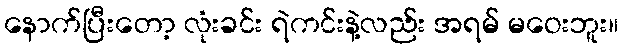
နောက်ပြီးတော့ လုံးခင်း ရဲကင်းနဲ့လည်း အရမ် မဝေးဘူး။